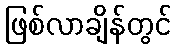
ဖြစ်လာချိန်တွင်